Indian journal of veterinary science and animal husbandry - Volumes 15-17, 1948-1951
Year: 1948
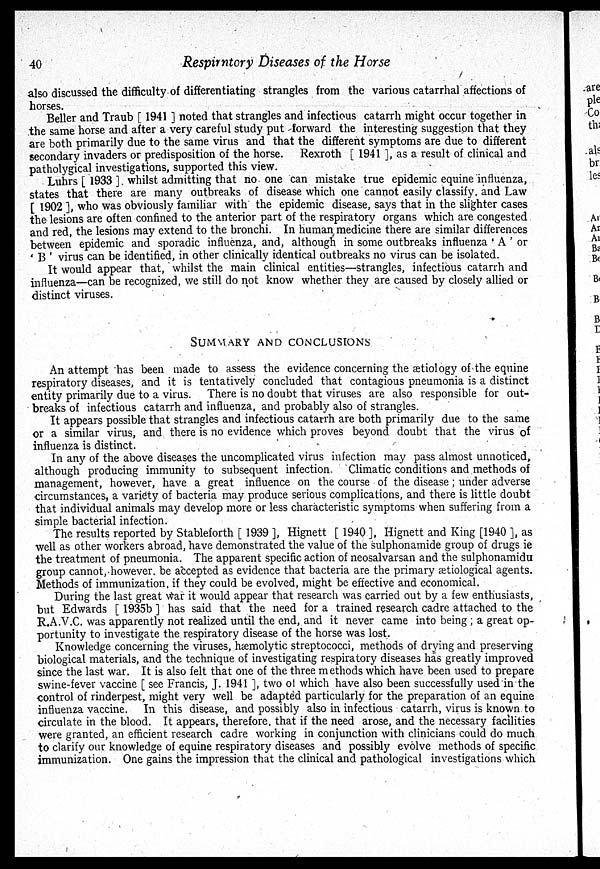
40
Respirntory Diseases of the Horse
also discussed the difficulty of differentiating strangles from the various catarrhal affections of
horses.
Beller and Traub [ 1941 ] noted that strangles and infectious catarrh might occur together in
the same horse and after a very careful study put forward the interesting suggestion that they
are both primarily due to the same virus and that the different symptoms are due to different
secondary invaders or predisposition of the horse. Rexroth [ 1941 ], as a result of clinical and
patholygical investigations, supported this view.
Luhrs [ 1933 ]. whilst admitting that no one can mistake true epidemic equine influenza,
states that there are many outbreaks of disease which one cannot easily classify and Law
[ 1902 ], who was obviously familiar with the epidemic disease, says that in the slighter cases
the lesions are often confined to the anterior part of the respiratory organs which are congested
and red, the lesions may extend to the bronchi. In human medicine there are similar differences
between epidemic and sporadic influenza, and, although in some outbreaks influenza ' A ' or
' B ' virus can be identified, in other clinically identical outbreaks no virus can be isolated.
It would appear that, whilst the main clinical entities—strangles, infectious catarrh and
influenza—can be recognized, we still do not know whether they are caused by closely allied or
distinct viruses.
SUMMARY AND CONCLUSIONS
An attempt has been made to assess the evidence concerning the ætiology of the equine
respiratory diseases, and it is tentatively concluded that contagious pneumonia is a distinct
entity primarily due to a virus. There is no doubt that viruses are also responsible for out-
breaks of infectious catarrh and influenza, and probably also of strangles.
It appears possible that strangles and infectious catarrh are both primarily due to the same
or a similar virus, and there is no evidence which proves beyond doubt that the virus of
influenza is distinct.
In any of the above diseases the uncomplicated virus infection may pass almost unnoticed,
although producing immunity to subsequent infection. Climatic conditions and methods of
management, however, have a great influence on the course of the disease ; under adverse
circumstances, a variety of bacteria may produce serious complications, and there is little doubt
that individual animals may develop more or less characteristic symptoms when suffering from a
simple bacterial infection.
The results reported by Stableforth [ 1939 ], Hignett [ 1940 ], Hignett and King [1940 ], as
well as other workers abroad, have demonstrated the value of the sulphonamide group of drugs ie
the treatment of pneumonia. The apparent specific action of neosalvarsan and the sulphonamidu
group cannot, however, be accepted as evidence that bacteria are the primary ætiological agents.
Methods of immunization, if they could be evolved, might be effective and economical.
During the last great war it would appear that research was carried out by a few enthusiasts,
but Edwards [ 1935b ] has said that the need for a trained research cadre attached to the
R.A.V.C. was apparently not realized until the end, and it never came into being ; a great op-
portunity to investigate the respiratory disease of the horse was lost.
Knowledge concerning the viruses, hæmolytic streptococci, methods of drying and preserving
biological materials, and the technique of investigating respiratory diseases has greatly improved
since the last war. It is also felt that one of the three methods which have been used to prepare
swine-fever vaccine [ see Francis, J. 1941 ], two of which have also been successfully used in the
control of rinderpest, might very well be adapted particularly for the preparation of an equine
influenza vaccine. In this disease, and possibly also in infectious catarrh, virus is known to
circulate in the blood. It appears, therefore, that if the need arose, and the necessary facilities
were granted, an efficient research cadre working in conjunction with clinicians could do much
to clarify our knowledge of equine respiratory diseases and possibly evolve methods of specific
immunization. One gains the impression that the clinical and pathological investigations which